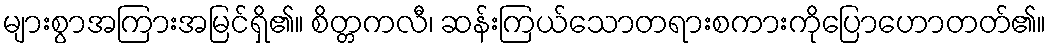
များစွာအကြားအမြင်ရှိ၏။ စိတ္တကလီ၊ ဆန်းကြယ်သောတရားစကားကိုပြောဟောတတ်၏။